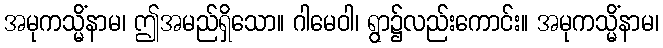
အမုကသ္မိံနာမ၊ ဤအမည်ရှိသော။ ဂါမေဝါ၊ ရွာ၌လည်းကောင်း။ အမုကသ္မိံနာမ၊